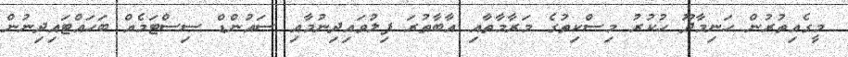
މީގެއިތުރުން ހަނިމާދޫ ހުކުރު މިސްކިތުގެ މަރާމާތާއި އާބާތުރަ ފިލުވައިދިނުމާއި ސައުންޑް ސިސްޓަމެއް ބަހައްޓައިދިނުން